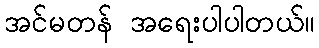
အင်မတန် အရေးပါပါတယ်။